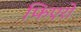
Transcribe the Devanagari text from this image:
फिएरो